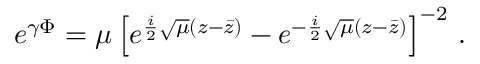
e ^ { \gamma \Phi } = \mu \left[ e ^ { \frac i 2 \sqrt { \mu } ( z - \bar { z } ) } - e ^ { - \frac i 2 \sqrt { \mu } ( z - \bar { z } ) } \right] ^ { - 2 } \, .